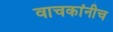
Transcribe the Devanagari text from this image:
वाचकांनीच